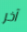
آخر